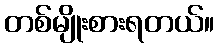
တစ်မျိုးစားရတယ်။